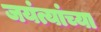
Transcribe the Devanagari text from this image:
जयंत्यांच्या